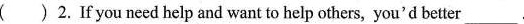
( ) 2.If you need help and want to help others, you'd better___